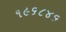
૧૯૬૮૪૬